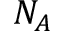
N _ { A }